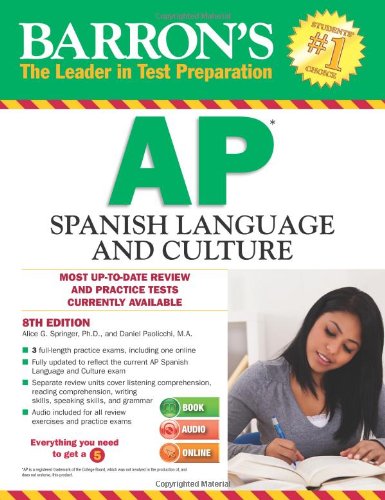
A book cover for Barron's AP Spanish with MP3 CD, 8th Edition; Alice G. Springer Ph.D.; Test Preparation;